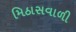
મિઠાસવાળી